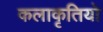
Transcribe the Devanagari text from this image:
कलाकृतियो